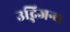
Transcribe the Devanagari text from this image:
उद्भिजन्य